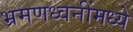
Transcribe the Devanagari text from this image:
भ्रमणध्वनींमध्ये